Vaccination returns of the Province of Eastern Bengal and Assam - 1905-1912
Year: 1905
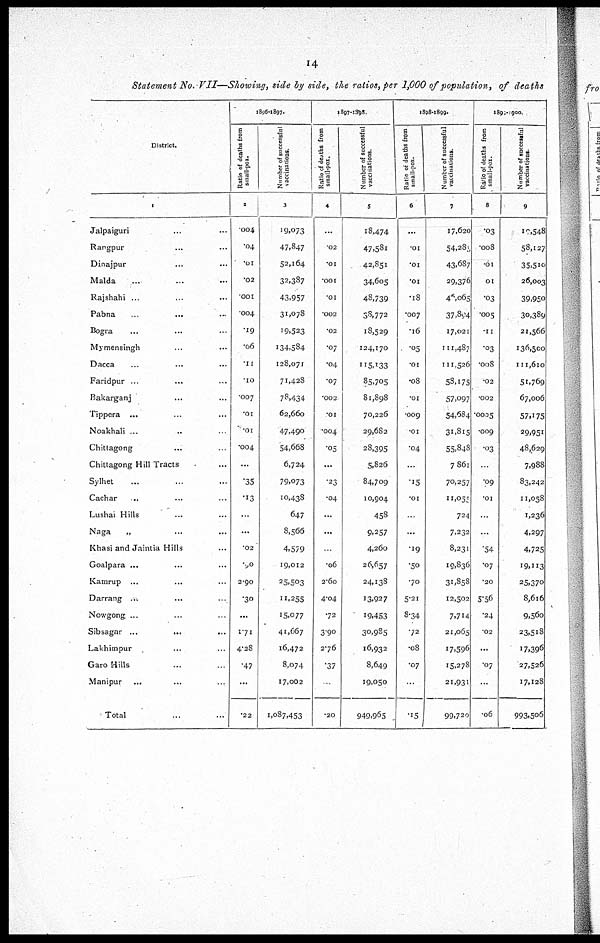
14
Statement No. VII—Showing, side by side, the ratios, per 1,000 of population, of deaths
District.
1
Jalpaiguri ... ...
Rangpur ... ...
Dinajpur ... ...
Malda ... ...
Rajshahi ... ...
Pabna
...
... ...
Bogra ... ... ...
Mymensingh ... ... ...
Dacca ... ... ...
Faridpur ... ... ...
Bakarganj ... ... ...
Tippera ... ... ...
Noakhali ... ... ...
Chitlagong ... ...
Chittagong Hill Tracts ...
Sylhet ... ... ...
Cachar ... ... ...
Lushai Hills ... ... ...
Naga
„ ... ... ...
Khasi and Jaintia Hills ...
Goalpara ... ... ...
Kamrup ... ... ...
Darrang ... ... ...
Nowgong ... ... ...
Sibsagar ...
...
...
Lakhimpur ... ... ...
Garo Hills ... ... ...
Manipur ... ... ...
Total ... ...
1896-1897.
Ratio of deaths from
small-pox.
2
.004
.04
.01
.02
.001
.004
.19
.06
.11
.10
.007
.01
.01
.004
...
.35
.13
...
...
.02
.90
2.90
.30
...
1.71
4.28
.47
...
.22
Number of successful
vaccinations.
3
19,073
47,847
52,164
32,387
43,957
31,078
19,523
134,584
128,071
71,428
78,434
62,660
47,490
54,668
6,724
79,073
10,438
647
8,566
4,579
19,012
25,503
11,255
15,077
41,667
16,472
8,074
17,002
1,087,453
1897-1898.
Ratio of deaths from
small-pox.
4
...
.02
.01
.001
.01
.002
.02
.07
.04
.07
.002
.01
.004
.05
...
.23
.04
...
...
...
.06
2.60
4.04
.72
3.90
276
.37
...
.20
Number of successful
vaccinations.
5
18,474
47,581
42,851
34,605
48,739
38,772
18,529
124,170
115,133
85,705
81,898
70,226
29,682
28,395
5,826
84,709
10,904
458
9,257
4,260
26,657
24,138
13,927
19,453
30,985
16,932
8,649
19,050
949,965
1898-1899.
Ratio of deaths from
small-pox.
6
...
.01
.01
.01
.18
.007
.16
.05
.01
.08
.01
.009
.01
.04
...
.15
.01
...
...
.19
.50
.70
5.21
8.34
.72
.08
.07
...
.15
Number of successful
vaccinations.
7
17,620
54,285
43,687
29,376
46,065
37,894
17,021
111,487
111,526
58,175
57,097
54,684
31,815
55,848
7,861
70,257
11,055
724
7,232
8,231
19,836
31,858
12,502
7,714
21,065
17,596
15,278
21,931
99,720
1899-1900.
Ratio of deaths from
small-pox.
8
.03
.008
.01
01
.03
.005
.11
.03
.008
.02
.002
.0005
.009
.03
...
.09
.01
...
...
.54
.07
.20
5.56
.24
.02
...
.07
...
.06
Number of successful
vaccinations.
9
10,548
58,127
35,510
26,003
39,950
30,389
21,566
136,500
111,610
51,769
67,006
57,175
29,951
48,629
7,988
83,242
11,058
1,236
4,297
4,725
19,113
25,370
8,616
9,560
23,518
17,396
27,526
17,128
993,506